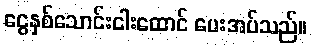
ငွေနှစ်သောင်းငါးထောင် ပေးအပ်သည်။